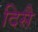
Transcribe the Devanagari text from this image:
दिसै